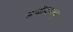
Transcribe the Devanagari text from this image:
प्रचॊदयात्